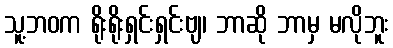
သူ့ဘဝက ရိုးရိုးရှင်းရှင်းဗျ၊ ဘာဆို ဘာမှ မလိုဘူး